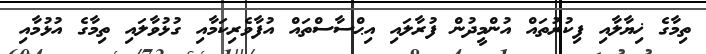
ތިމާގެ ޚިޔާލާއި ފިކުރުތައް އުންމީދުން ފުރާލައި އިޙްސާސްތައް އުފާވެރިކަމާއި ގުޅުވާލައި ތިމާގެ އުޅުމާއި